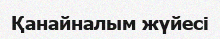
Қанайналым жүйесі